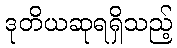
ဒုတိယဆုရရှိသည့်